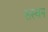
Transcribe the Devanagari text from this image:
सस्यन